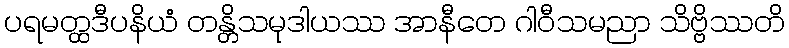
ပရမတ္ထဒီပနိယံ တန္တိသမုဒါယဿ အာနီတေ ဂါဝီသမညာ သိဗ္ဗိဿတိ